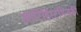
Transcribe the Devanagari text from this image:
आंटिहिस्टमिन्सकी